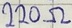
Text: 220Ω